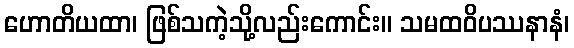
ဟောတိယထာ၊ ဖြစ်သကဲ့သို့လည်းကောင်း။ သမထဝိပဿနာနံ၊